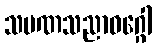
သမဏသညာဝဂ္ဂေါ